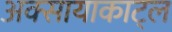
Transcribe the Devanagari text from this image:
अक्सायाकाट्ल